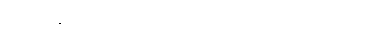
ကကြစို့ ဆိုတော့လည်း အတိမ်းအညွတ်၊ အယိမ်းအဖွဲ့ ကိုက်လို့။